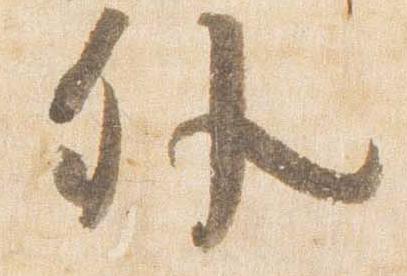
外